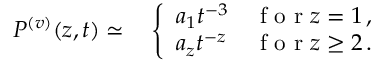
\begin{array} { r l } { P ^ { ( v ) } ( { z } , { t } ) \simeq } & { { } \left\{ \begin{array} { l l } { a _ { 1 } t ^ { - 3 } } & { \mathrm { ~ f ~ o ~ r ~ } z = 1 \, , } \\ { a _ { z } t ^ { - z } } & { \mathrm { ~ f ~ o ~ r ~ } z \ge 2 \, . } \end{array} \right. } \end{array}